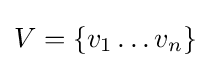
V=\{v_{1}\ldots v_{n}\}